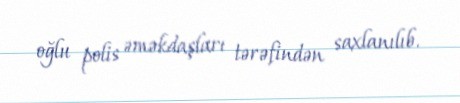
oğlu polis əməkdaşları tərəfindən saxlanılıb.